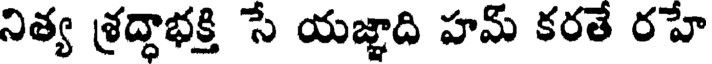
నిత్య శ్రద్ధాభక్తి సే యజ్ఞాది హమ్ కరతే రహే